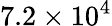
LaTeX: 7.2\times 10^{4}